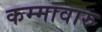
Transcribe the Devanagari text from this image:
कम्मावारु